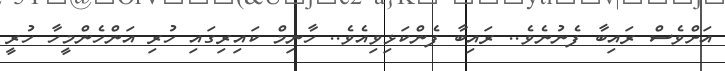
އަށްވެސް ރައިބާ ފެނުނެވެ.. ރައިބާ ފެންކަޅިވިއެވެ.. ހާނިމް ކައިރިގައި ހުރި އަންހެންމީހާ ހުރީ